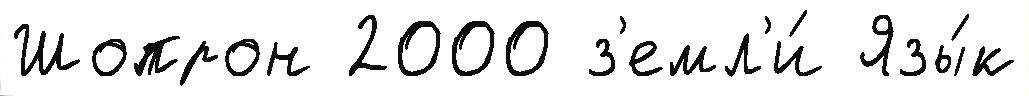
Шопрон 2000 з'емл'и́ Язы́к